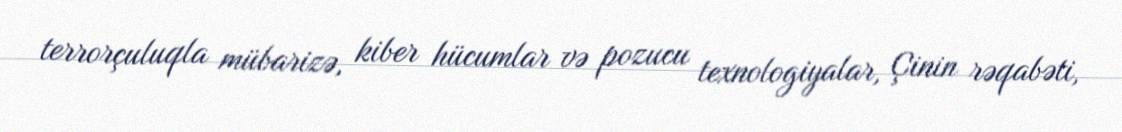
terrorçuluqla mübarizə, kiber hücumlar və pozucu texnologiyalar, Çinin rəqabəti,